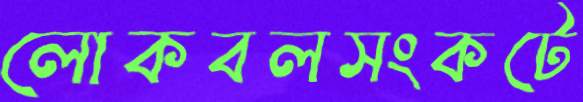
লোকবলসংকটে